Report on the working of the mental hospitals for Indians in Bihar and Orissa - 1925-1929
Year: 1925
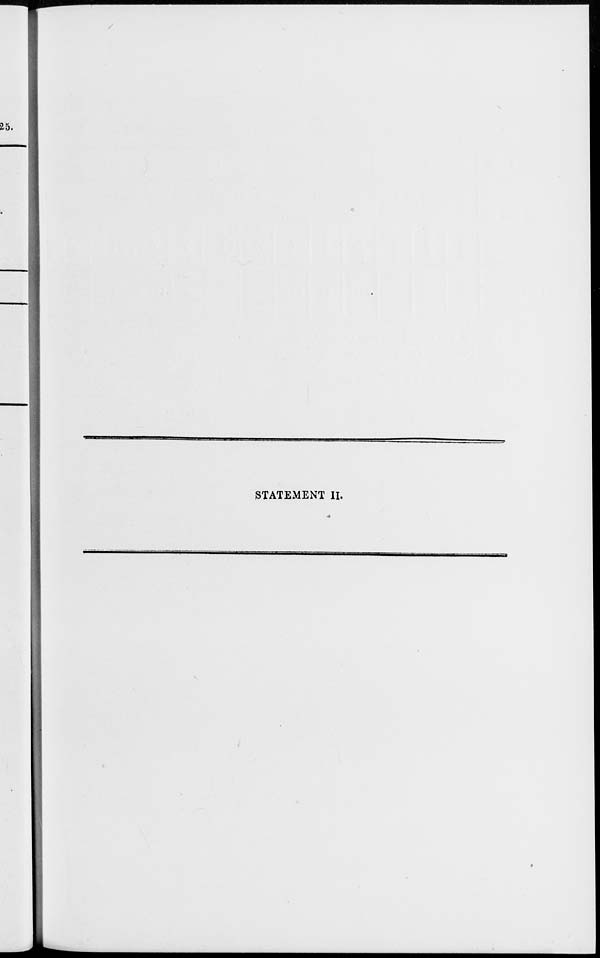
STATEMENT II.